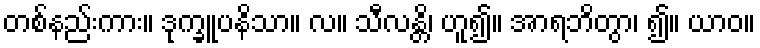
တစ်နည်းကား။ ဒုက္ခူပနိသာ။ လ။ သီလန္တိ၊ ဟူ၍။ အာရဘိတွာ၊ ၍။ ယာဝ။